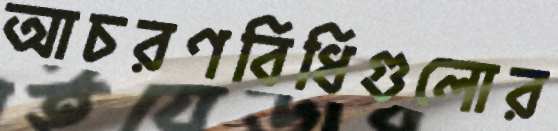
আচরণবিধিগুলোর